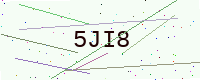
Text: 5JI8